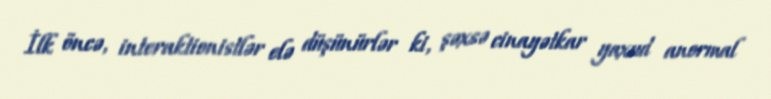
İlk öncə, interaktionistlər elə düşünürlər ki, şəxsə cinayətkar yaxud anormal